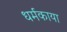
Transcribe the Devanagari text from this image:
धर्मकाया